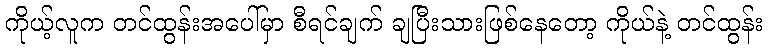
ကိုယ့်လူက တင်ထွန်းအပေါ်မှာ စီရင်ချက် ချပြီးသားဖြစ်နေတော့ ကိုယ်နဲ့ တင်ထွန်း